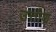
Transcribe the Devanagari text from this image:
उत्तीण्र